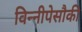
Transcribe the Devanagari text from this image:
विन्नीपेसौकी